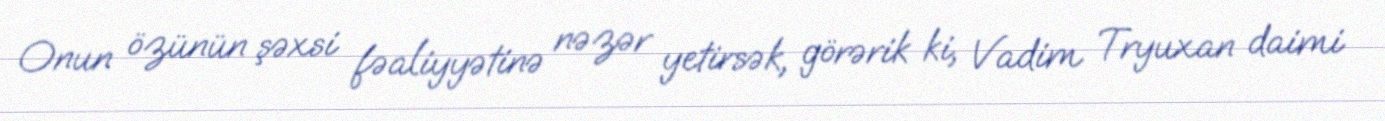
Onun özünün şəxsi fəaliyyətinə nəzər yetirsək, görərik ki, Vadim Tryuxan daimi